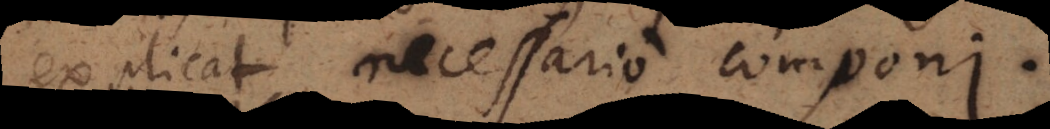
explicat necessario componi.